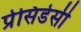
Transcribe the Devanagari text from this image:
प्रेसिडेसी